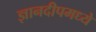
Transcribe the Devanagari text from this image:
ज्ञानदीपमध्ये